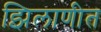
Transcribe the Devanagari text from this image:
झिलाणीत